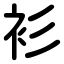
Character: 衫